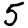
Digit: 5